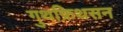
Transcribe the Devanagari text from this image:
गुथफ्रिथसन